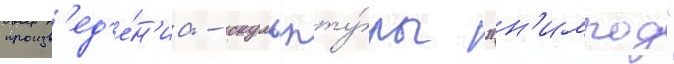
произв'ед'е́н'иа - скульпту́ры "н'имрод"